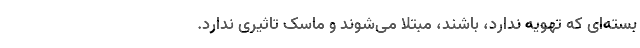
بسته‌ای که تهویه ندارد، باشند، مبتلا می‌شوند و ماسک تاثیری ندارد.